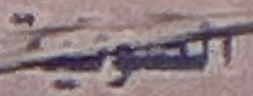
الصوتیة